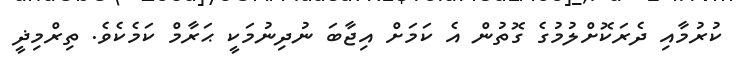
ކުރުމާއި ދެރަކޮށްލުމުގެ ގޮތުން އެ ކަމަށް އިޖާބަ ނުދިނުމަކީ ޙަރާމް ކަމެކެވެ. ތިރްމިޛީ